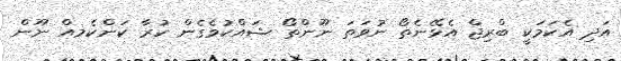
އަދި އެކަމަކީ ބްރިޖް އެޅޭނެތޯ ނުވަތަ ނޫންތޯ ޝައްކުވެގެން ކުރާ ކަންކެމއް ނޫން